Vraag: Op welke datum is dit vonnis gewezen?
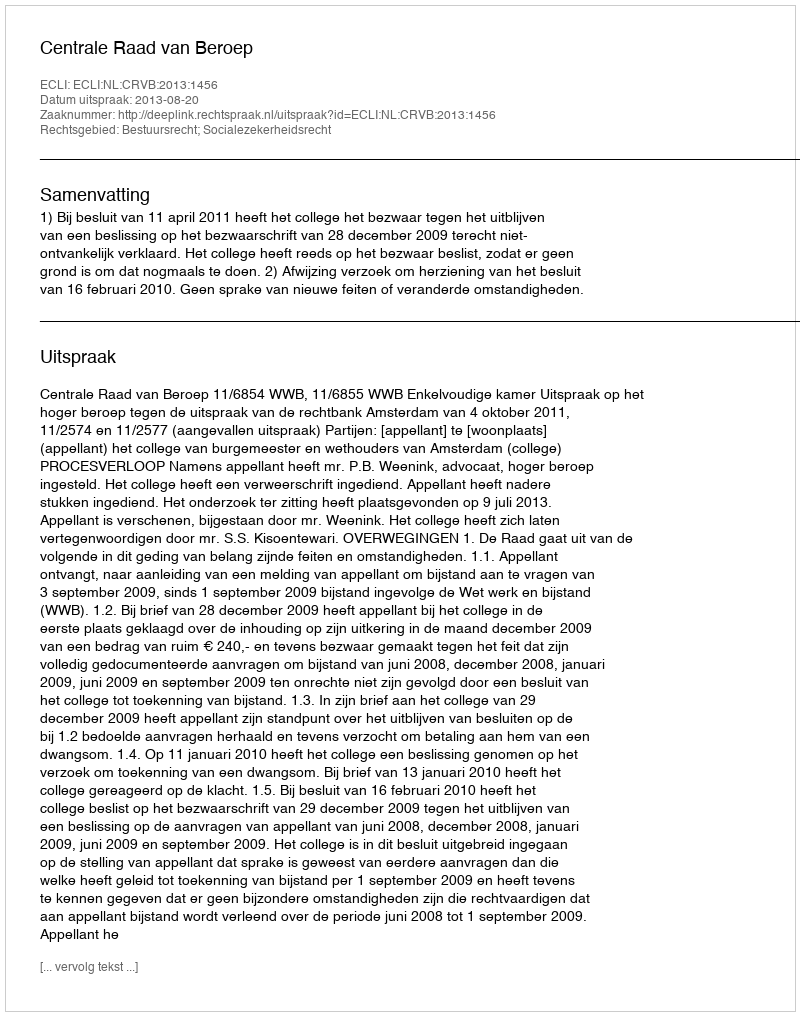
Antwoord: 2013-08-20